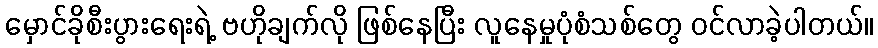
မှောင်ခိုစီးပွားရေးရဲ့ ဗဟိုချက်လို ဖြစ်နေပြီး လူနေမှုပုံစံသစ်တွေ ဝင်လာခဲ့ပါတယ်။